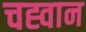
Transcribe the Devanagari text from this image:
चह्वान